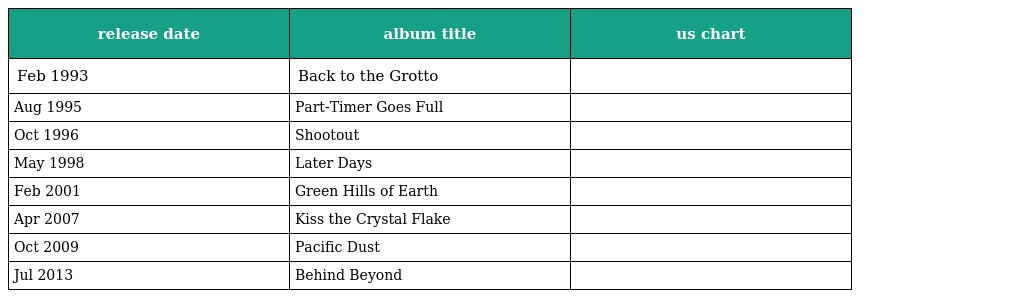
| release date | album title | us chart |
 | --- | --- | --- |
 | Feb 1993 | Back to the Grotto |  |
 | Aug 1995 | Part-Timer Goes Full |  |
 | Oct 1996 | Shootout |  |
 | May 1998 | Later Days |  |
 | Feb 2001 | Green Hills of Earth |  |
 | Apr 2007 | Kiss the Crystal Flake |  |
 | Oct 2009 | Pacific Dust |  |
 | Jul 2013 | Behind Beyond |  |